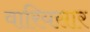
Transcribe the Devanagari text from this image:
वारियसार